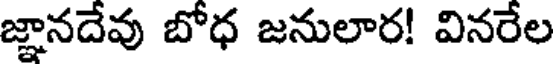
జ్ఞానదేవు బోధ జనులార! వినరేల